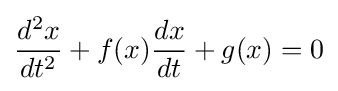
{d^{2}x \over dt^{2}}+f(x){dx \over dt}+g(x)=0